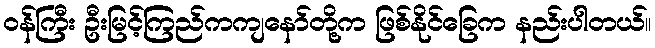
ဝန်ကြီး ဦးမြင့်ကြည်ကကျနော်တို့က ဖြစ်နိုင်ခြေက နည်းပါတယ်။